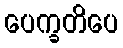
ပေက္ခတိပေ